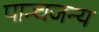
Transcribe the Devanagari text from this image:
पान्चजन्य